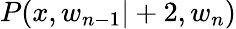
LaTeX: P(x,w_{n-1}|+2,w_{n})